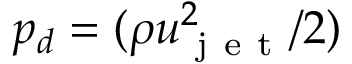
p _ { d } = ( \rho u _ { \mathrm { ~ j ~ e ~ t ~ } } ^ { 2 } / 2 )